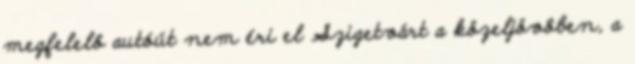
megfelelô autóút nem éri el Szigetvárt a közeljövôben, a